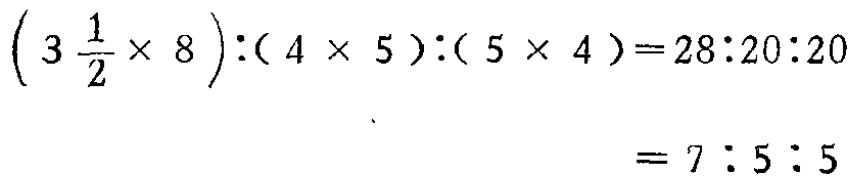
\[\left(3\frac{1}{2}\times 8\right):(4\times 5):(5\times 4)=28:20:20=7:5:5\]